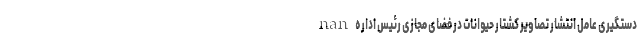
nan دستگیری عامل انتشار تصاویر کشتار حیوانات در فضای مجازی رئیس اداره